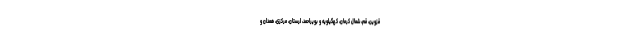
قزوین، قم، شمال کرمان، کهگیلویه و بویراحمد، لرستان، مرکزی، همدان و